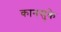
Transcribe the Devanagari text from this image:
कानसुके